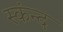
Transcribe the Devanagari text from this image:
स्कंन्द